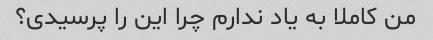
من کاملا به یاد ندارم چرا این را پرسیدی؟